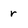
Character: r